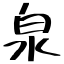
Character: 泉